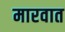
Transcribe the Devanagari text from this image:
मारवात